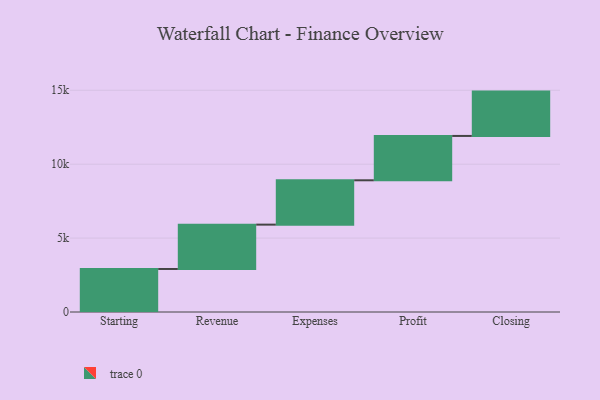
{"axis": {"x": "Step", "y": "Value"}, "legend": [""], "data": [{"x": "Starting", "y": 2911.0, "type": ""}, {"x": "Revenue", "y": 3000, "type": ""}, {"x": "Expenses", "y": 3000, "type": ""}, {"x": "Profit", "y": 3000, "type": ""}, {"x": "Closing", "y": 3000, "type": ""}]}